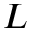
L